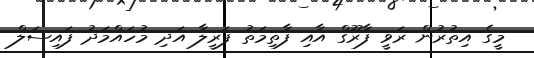
މީގެ އިތުރުން ރަވީ ފާރޫގް އާއި ފާތިމަތު ފަރީލާ އަދި މުހައްމަދު ފައިސަލް